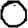
Digit: 0